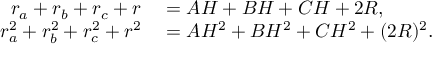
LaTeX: \begin{array} { r l } { r _ { a } + r _ { b } + r _ { c } + r } & { { } = A H + B H + C H + 2 R , } \\ { r _ { a } ^ { 2 } + r _ { b } ^ { 2 } + r _ { c } ^ { 2 } + r ^ { 2 } } & { { } = A H ^ { 2 } + B H ^ { 2 } + C H ^ { 2 } + ( 2 R ) ^ { 2 } . } \end{array}